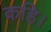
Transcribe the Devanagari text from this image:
कहि।